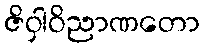
ဇိဝှါဝိညာဏတော